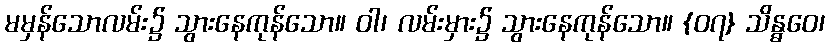
မမှန်သောလမ်း၌ သွားနေကုန်သော။ ဝါ၊ လမ်းမှား၌ သွားနေကုန်သော။ {၀၇} သိန္ဓဝေ၊